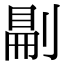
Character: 𠞋